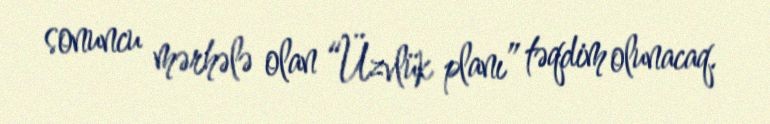
sonuncu mərhələ olan “Üzvlük planı” təqdim olunacaq.